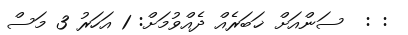
: :  ސަންއަށް ޚަބަރެއް ދެއްވުމަށް: 1 އަހަރު 3 މަސް